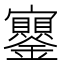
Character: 𡬔